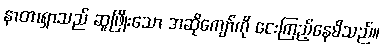
နာတာရှာသည် ဆူဖြိုးသော အဆိုကျော်ကို ငေးကြည့်နေမိသည်။